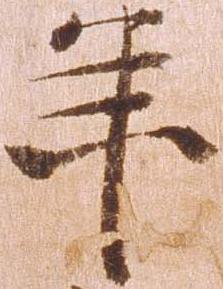
年